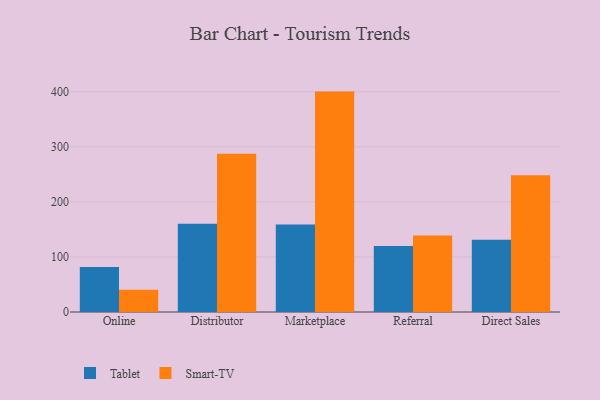
{"axis": {"x": "Channel", "y": "Backlog"}, "legend": ["Smart-TV", "Tablet"], "data": [{"x": "Online", "y": 81.8, "type": "Tablet"}, {"x": "Online", "y": 40.3, "type": "Smart-TV"}, {"x": "Distributor", "y": 160.4, "type": "Tablet"}, {"x": "Distributor", "y": 287.4, "type": "Smart-TV"}, {"x": "Marketplace", "y": 159.0, "type": "Tablet"}, {"x": "Marketplace", "y": 400.3, "type": "Smart-TV"}, {"x": "Referral", "y": 119.7, "type": "Tablet"}, {"x": "Referral", "y": 138.8, "type": "Smart-TV"}, {"x": "Direct Sales", "y": 131.4, "type": "Tablet"}, {"x": "Direct Sales", "y": 248.2, "type": "Smart-TV"}]}